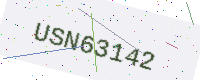
Text: USN63142